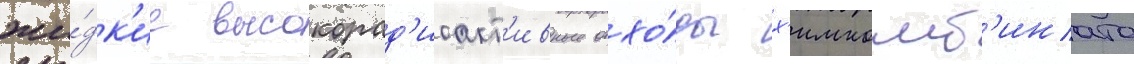
жи́дк'ие высокорад'иоакт'ивные отхо́ды х'имкомб'ината